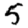
Digit: 5